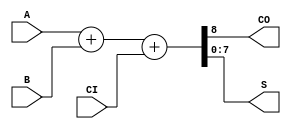
`timescale 1ns / 1ps

module ADD #(parameter N = 8, M = N)( // N >= M
  input [N-1:0] A,
  input [M-1:0] B,
  input CI,
  output CO,
  output [N-1:0] S
);

assign {CO, S} = A + B + CI;

endmodule